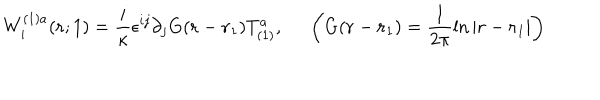
W _ { i } ^ { ( 1 ) a } ( { \bf r } ; 1 ) = \frac { i } { \kappa } \epsilon ^ { i j } \partial _ { j } G ( { \bf r } - { \bf r } _ { 1 } ) T _ { ( 1 ) } ^ { a } , ~ ~ \left( G ( { \bf r } - { \bf r } _ { 1 } ) = \frac { 1 } { 2 \pi } \ln | { \bf r } - { \bf r } _ { 1 } | \right)